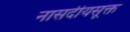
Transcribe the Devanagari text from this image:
नासदीयसूक्त